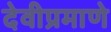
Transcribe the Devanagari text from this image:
देवीप्रमाणे